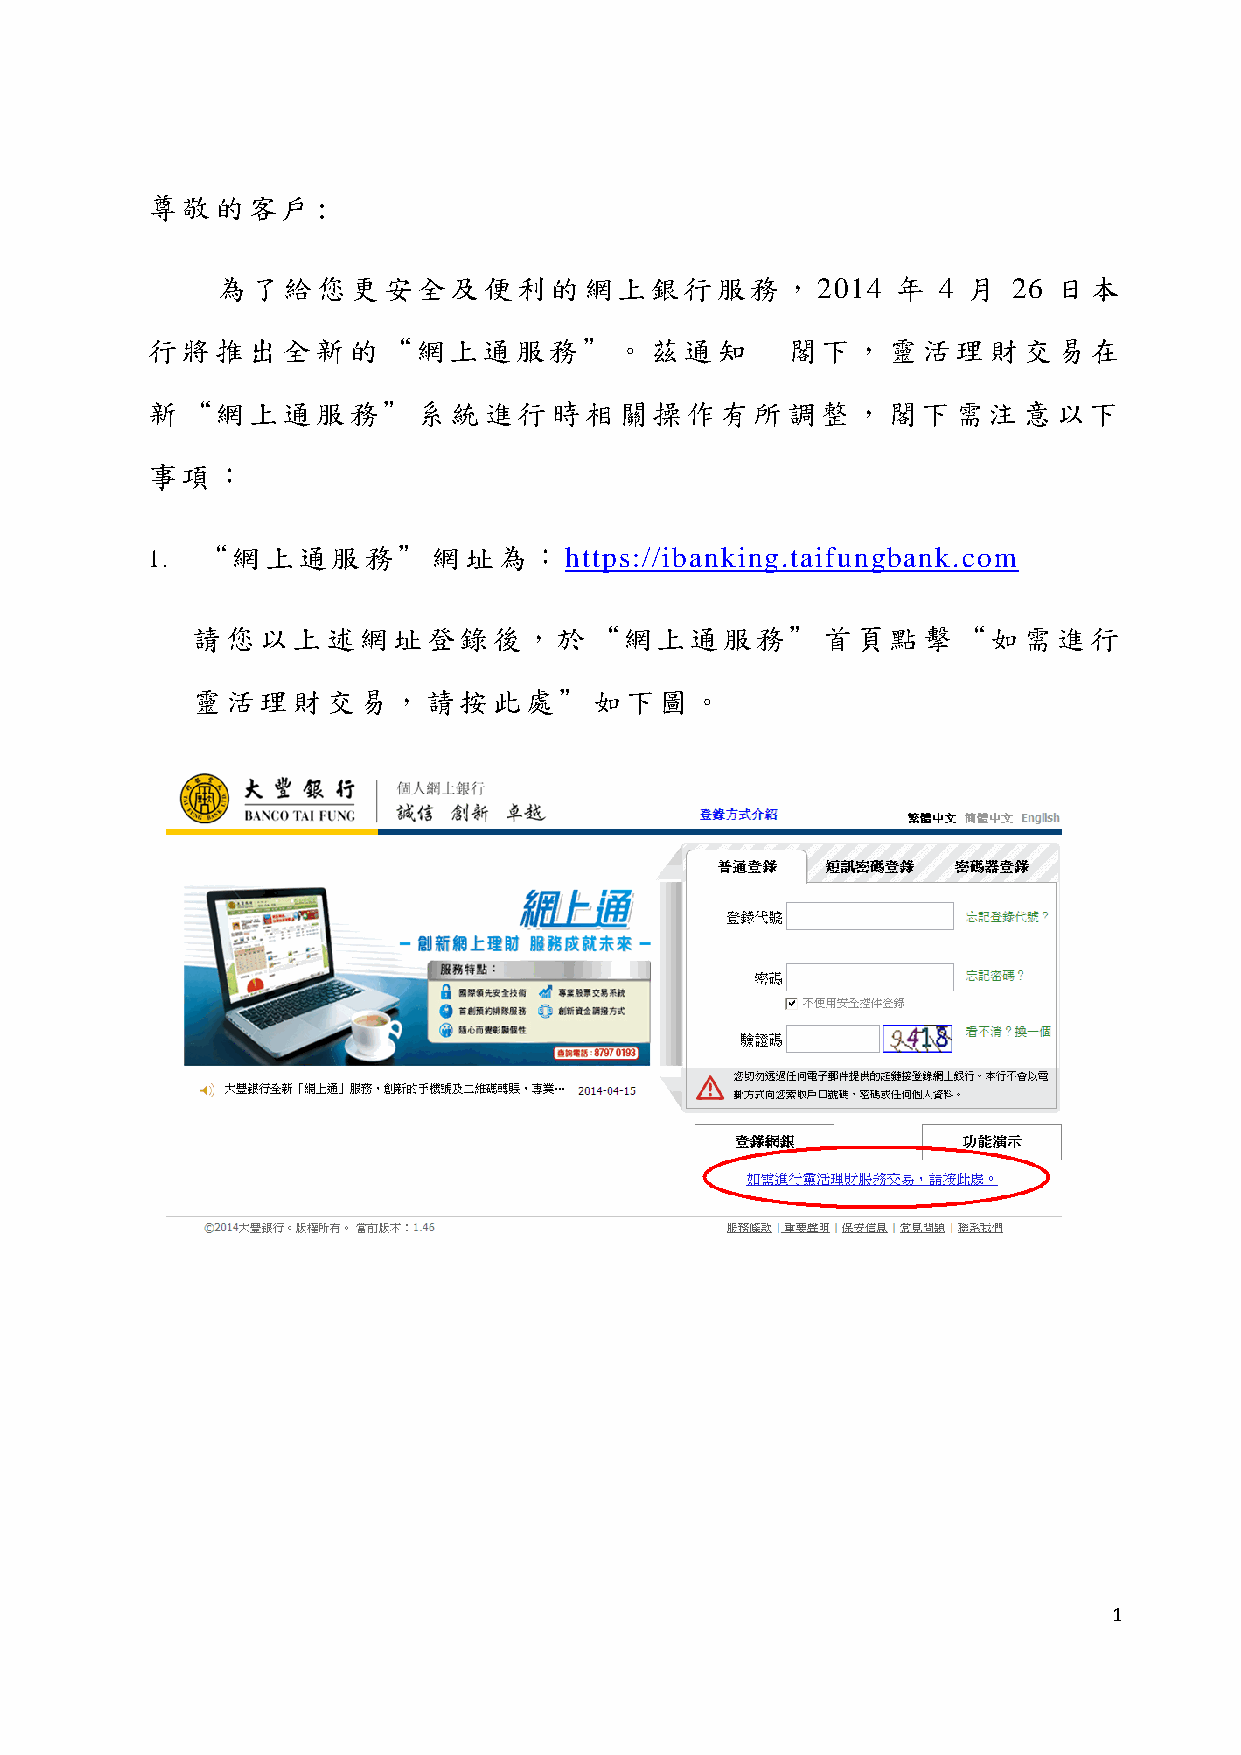
尊敬的客戶:
 為了給您更安全及便利的網上銀行服務，2014                       年  4 月  26 日本
 行將推出全新的“網上通服務”。茲通知                        閣下，靈活理財交易在
 新“網上通服務”系統進行時相關操作有所調整，閣下需注意以下
 事項：
 1. “網上通服務”網址為：https://ibanking.taifungbank.com
 請您以上述網址登錄後，於“網上通服務”首頁點擊“如需進行
 靈活理財交易，請按此處”如下圖。
 1